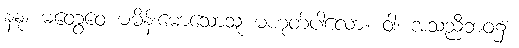
နနု၊ မတွေဝေ မမိန်းမောသောသူ မဟုတ်ပါလော။ ဝါ၊ အသညီဘဝ၌